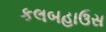
કલબહાઉસ